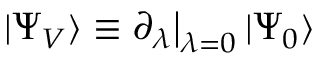
| \Psi _ { V } \rangle \equiv \partial _ { \lambda } \big | _ { \lambda = 0 } \, | \Psi _ { 0 } \rangle